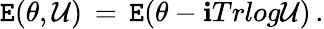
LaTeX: \mathtt{E}(\theta,\mathcal{U})\, =\, \mathtt{E}(\theta-\mathbf{i}Trlog\mathcal{U})\, .